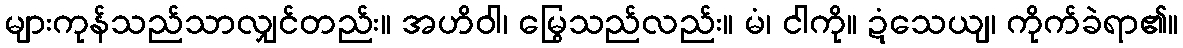
များကုန်သည်သာလျှင်တည်း။ အဟိဝါ၊ မြွေသည်လည်း။ မံ၊ ငါကို။ ဍံသေယျ၊ ကိုက်ခဲရာ၏။